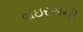
વાઇરસની